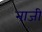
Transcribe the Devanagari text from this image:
ना़जी